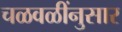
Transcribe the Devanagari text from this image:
चळवळींनुसार